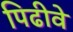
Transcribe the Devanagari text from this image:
पिढीवे